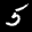
Label: 5